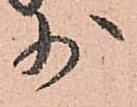
少